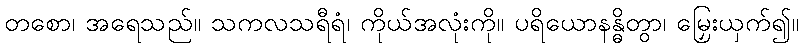
တစော၊ အရေသည်။ သကလသရီရံ၊ ကိုယ်အလုံးကို။ ပရိယောနန္ဓိတွာ၊ မြှေးယှက်၍။